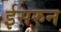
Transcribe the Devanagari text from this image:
ईसरुन